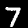
Label: 7